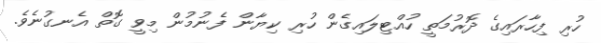
ހުރި ފިހާރައިގެ ދޮރުމަތީ ހުއްޓިލައިގެން ހުރި ކިޔާން ފެނުމުން މިވީ ގޮތް އެނގުނެވެ.